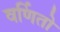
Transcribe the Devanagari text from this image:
वर्णितो